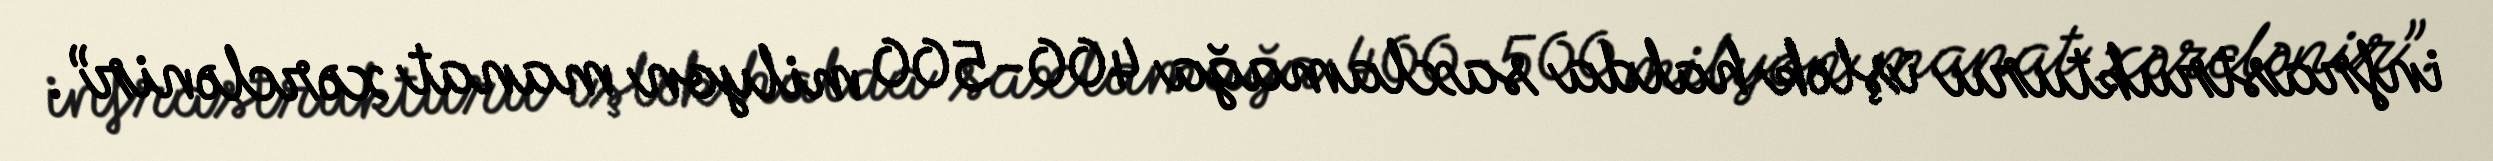
infrastrukturu işlək halda saxlamağa 400-500 milyon manat xərclənir”.